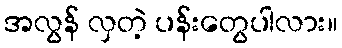
အလွန် လှတဲ့ ပန်းတွေပါလား။